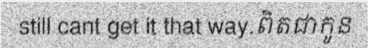
still cant get it that way.ពិតជាកូន